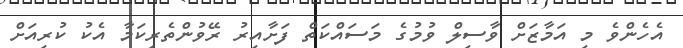
އެހެންވެ މި އަމާޒަށް ވާސިލް ވުމުގެ މަސައްކަތް ފަށާއިރު ރޭވުންތެރިކަމާ އެކު ކުރިއަށް